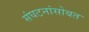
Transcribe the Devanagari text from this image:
संघटनांसोबत